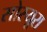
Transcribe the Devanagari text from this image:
सोस्यूरा